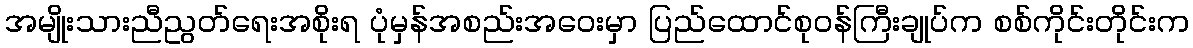
အမျိုးသားညီညွတ်ရေးအစိုးရ ပုံမှန်အစည်းအဝေးမှာ ပြည်ထောင်စုဝန်ကြီးချုပ်က စစ်ကိုင်းတိုင်းက